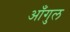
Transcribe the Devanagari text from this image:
आँगुल